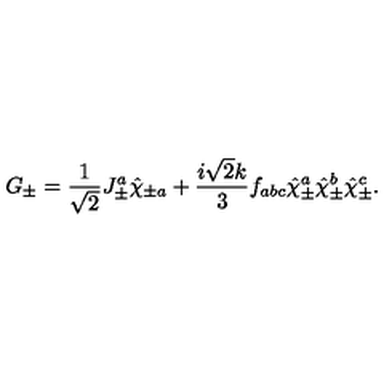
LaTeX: G _ { \pm } = \frac { 1 } { \sqrt 2 } J _ { \pm } ^ { a } \hat { \chi } _ { \pm a } + \frac { i \sqrt 2 k } { 3 } f _ { a b c } \hat { \chi } _ { \pm } ^ { a } \hat { \chi } _ { \pm } ^ { b } \hat { \chi } _ { \pm } ^ { c } .